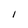
Character: 1